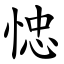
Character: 㥙